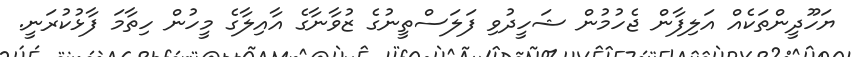
ޔަހޫދީންތަކެއް އަލިފާން ޖެހުމުން ޝަހީދުވި ފަލަސްތީނުގެ ޒުވާނާގެ އާއިލާގެ މީހުން ހިތާމަ ފާޅުކުރަނީ.